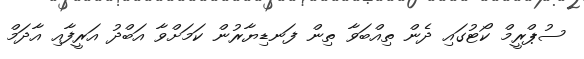
ސުޕްރީމް ކޯޓުގައި ދެން ތިއްބަވާ ތިން ފަނޑިޔާރުން ކަމަށްވާ އަބްދު އަރީފާއި އާދަމް